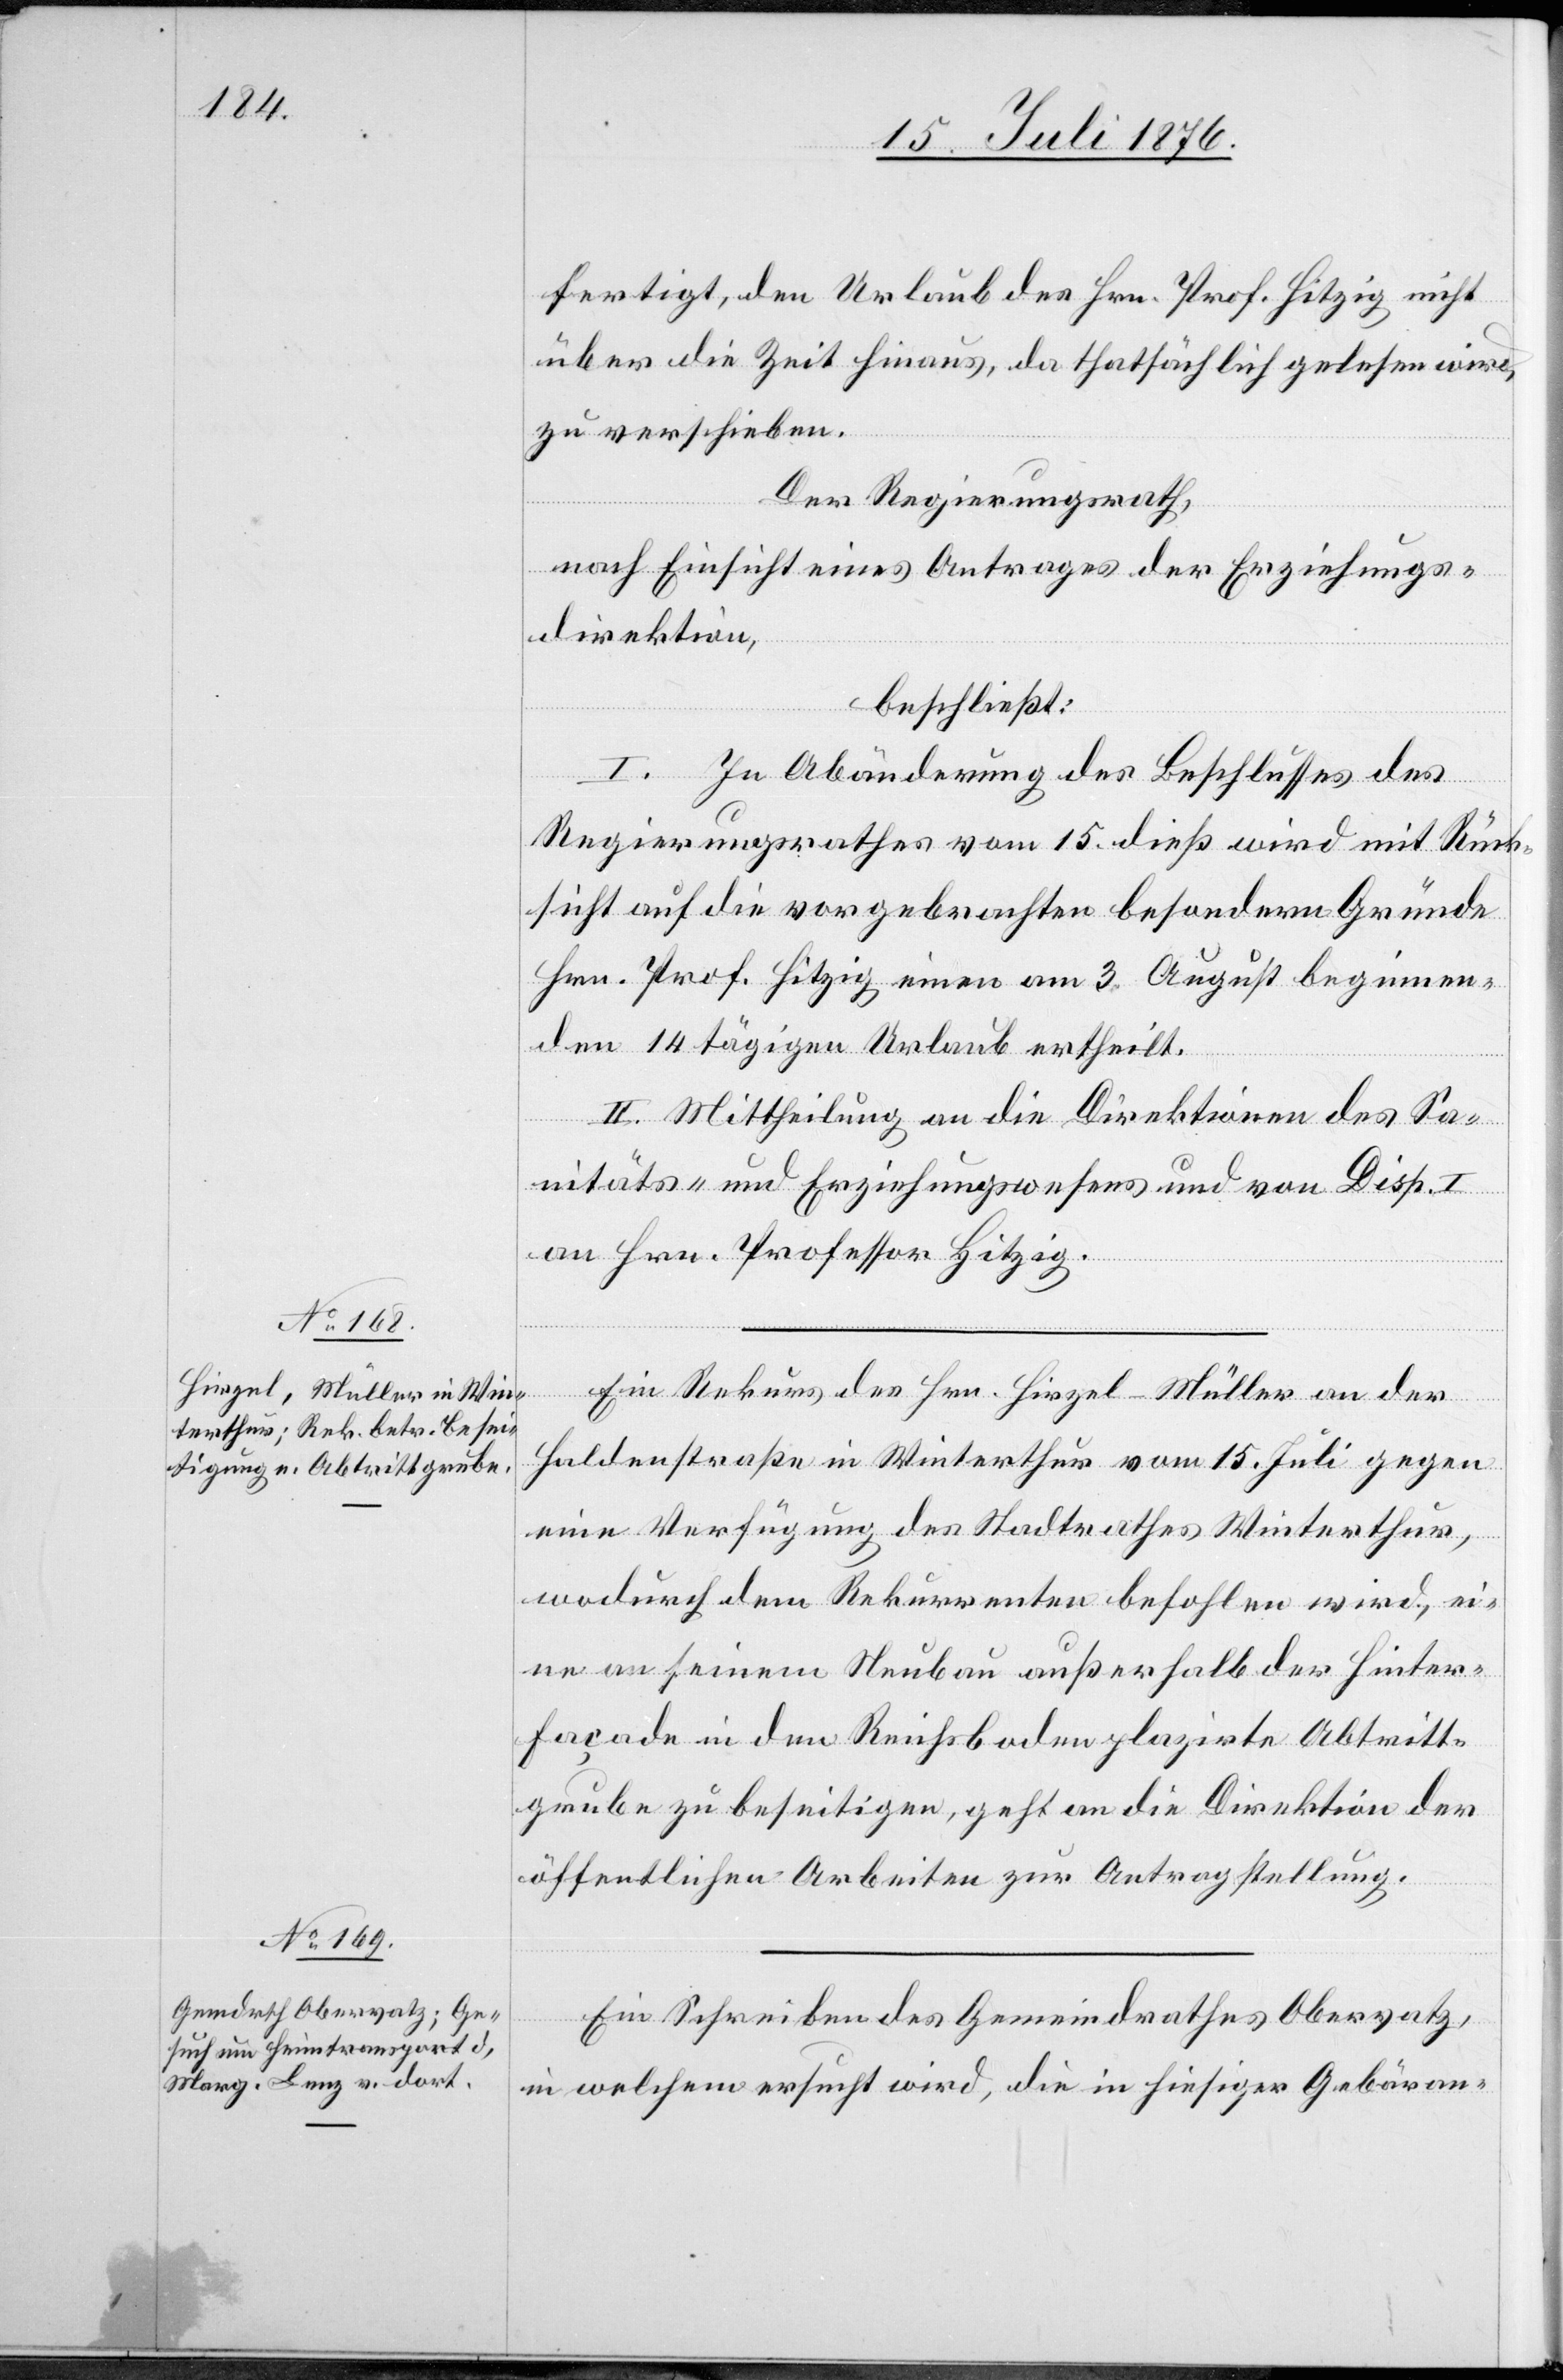
17. Juli 1876.]
fertigt, den Urlaub des Hrn. Prof. Hitzig nicht
über die Zeit hinaus, da thatsächlich gelesen wird,
zu verschieben.
Der Regierungsrath,
nach Einsicht eines Antrages der Erziehungs¬
direktion,
beschließt:
In Abänderung des Beschlusses des
Regierungsrathes vom 15. dies wird mit Rück¬
sicht auf die vorgebrachten besondern Gründe
Hrn. Prof. Hitzig einen am 3. August beginnen¬
den 14tägigen Urlaub ertheilt.
II. Mittheilung an die Direktionen des Sa¬
nitäts- und Erziehungswesens und von Disp. I
an Hrn. Professor Hitzig.
Ein Rekurs des Hrn. Hirzel-Müller an der
Haldenstraße in Winterthur vom 15. Juli gegen
eine Verfügung des Stadtrathes Winterthur,
wodurch dem Rekurrenten befohlen wird, ei¬
ne an seinem Neubau außerhalb der Hinter¬
facade in den Reichsboden plazirte Abtritt¬
grube zu beseitigen, geht an die Direktion der
öffentlichen Arbeiten zur Antragstellung.
Ein Schreiben des Gemeindrathes Obervatz,
in welchem ersucht wird, die in hiesiger Gebäran-